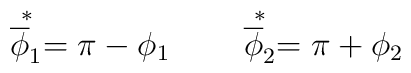
\stackrel{*}{\overline \phi_1 }= \pi-\phi_1 \qquad \stackrel{*}{\overline\phi_2 }= \pi+\phi_2